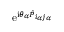
\mathrm { e } ^ { \mathrm { i } \theta _ { \alpha } \hat { P } _ { i _ { \alpha } j _ { \alpha } } }